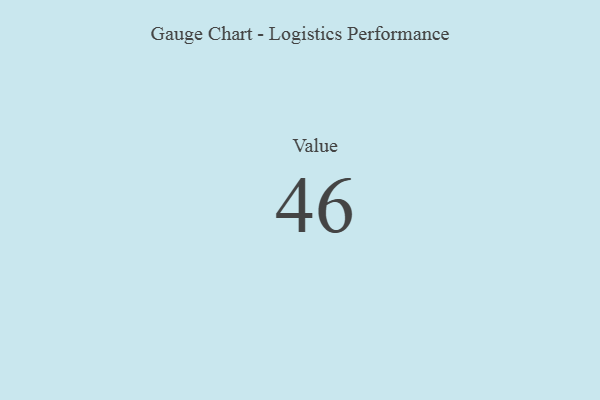
{"axis": {"x": "Metric", "y": "Value"}, "legend": [""], "data": [{"x": "Value", "y": 46, "type": ""}]}